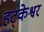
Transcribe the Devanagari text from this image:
हट्केश्वर